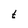
Character: t